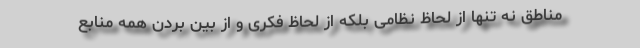
مناطق نه تنها از لحاظ نظامی بلکه از لحاظ فکری و از بین بردن همه منابع